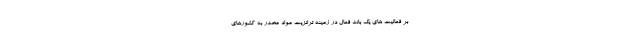
بر فعالیت های یک باند فعال در زمینه ترانزیت مواد مخدر به کشورهای